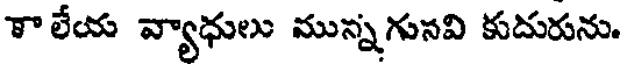
కాలేయ వ్యాధులు మున్నగునవి కుదురును.